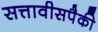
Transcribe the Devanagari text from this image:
सत्तावीसपैकी